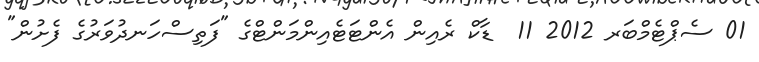
01 ސެޕްޓެމްބަރ 2012 11  ޑާކް ރެއިން އެންޓަޓެއިންމަންޓްގެ "ފަތިސްހަނދުވަރުގެ ފެށުން"